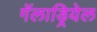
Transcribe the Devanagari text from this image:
गॅलाड्रियेल